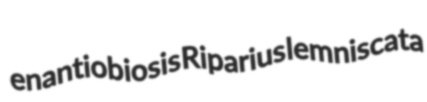
enantiobiosis Riparius lemniscata